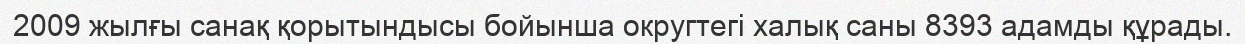
2009 жылғы санақ қорытындысы бойынша округтегі халық саны 8393 адамды құрады.